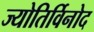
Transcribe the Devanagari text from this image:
ज्योतिर्विनोद